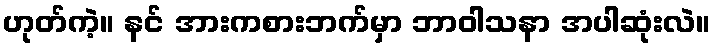
ဟုတ်ကဲ့။ နင် အားကစားဘက်မှာ ဘာဝါသနာ အပါဆုံးလဲ။